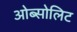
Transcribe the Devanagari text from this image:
ओब्सोलिट